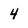
Character: 4